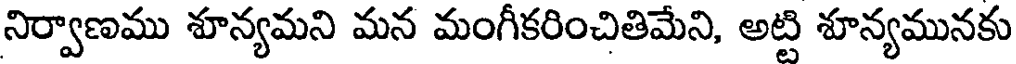
నిర్వాణము శూన్యమని మన మంగీకరించితిమేని, అట్టి శూన్యమునకు